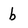
Character: b